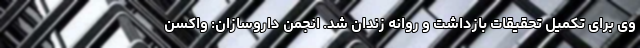
وی برای تکمیل تحقیقات بازداشت و روانه زندان شد. انجمن داروسازان: واکسن